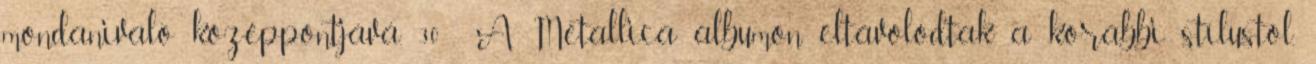
mondanivaló középpontjává. 30 A Metallica albumon eltávolodtak a korábbi stílustól,